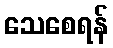
သေစေရန်